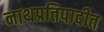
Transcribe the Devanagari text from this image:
नाथप्रतिपादीत